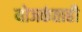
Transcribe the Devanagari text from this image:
योजकंताही